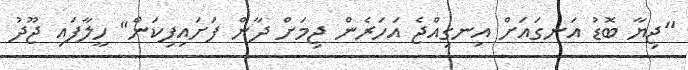
"ޖިޔާ ބޮޑު އަނގައަށް އިނގިއްޖެ އަހަރެން ޖިމަށް ދާން ފަށައިފިކަން" ހީލާފައި ޖޫދު